画像に写った文字を読んでください
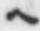
「ヘ」と書いてあります